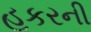
હૂકરની